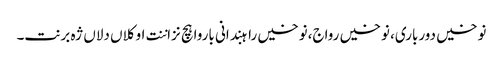
نوخیں دورباری، نوخیں رواج،نوخیں راہبندانی باروا ہچ نزاننت او کلاں دلاں ژہ برنت۔